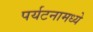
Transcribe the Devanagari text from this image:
पर्यटनामध्ये